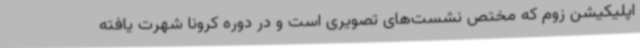
اپلیکیشن زوم که مختص نشست‌های تصویری است و در دوره کرونا شهرت یافته